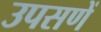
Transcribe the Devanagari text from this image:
उपसणें